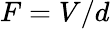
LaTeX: F=V/d